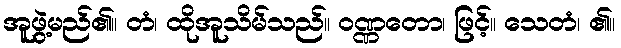
အူဖွဲ့မည်၏။ တံ၊ ထိုအူသိမ်သည်။ ဝဏ္ဏတော၊ ဖြင့်။ သေတံ၊ ၏။